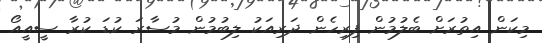
މިކަން އިތުރަށް ބެލުމުން ފިރިހެން ދަރިއަކު ލިބުމުން މުސާރަ ކުޑަ ކުރާ ސީއީއޯ